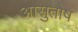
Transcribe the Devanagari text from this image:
आसुतोष